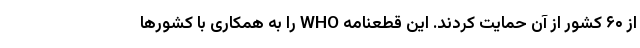
از ۶۰ کشور از آن حمایت کردند. این قطعنامه WHO را به همکاری با کشورها